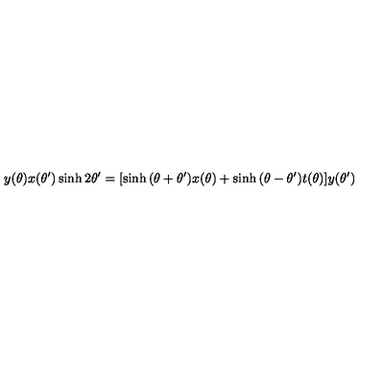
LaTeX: y ( \theta ) x ( \theta ^ { \prime } ) \sinh 2 \theta ^ { \prime } = [ \sinh { ( \theta + \theta ^ { \prime } ) } x ( \theta ) + \sinh { ( \theta - \theta ^ { \prime } ) } t ( \theta ) ] y ( \theta ^ { \prime } )